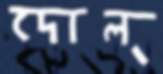
দোল্